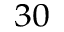
^ { 3 0 }